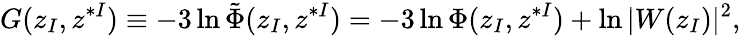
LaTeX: G(z_{I},z^{*I})\equiv-3\ln{\tilde{\Phi}}(z_{I},z^{*I})=-3\ln\Phi(z_{I},z^{*I})+\ln|W(z_{I})|^{2},